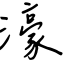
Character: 濠